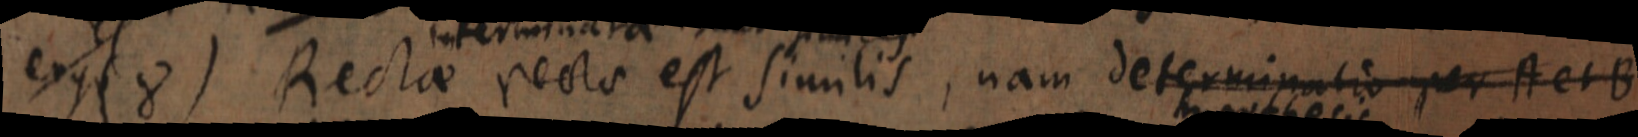
ergo (8) Rectae recta est similis, nam determinatio per A et B